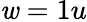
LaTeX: \mathit{w}=1u